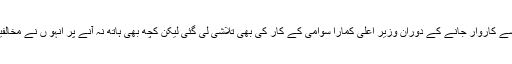
واضح رہے کہ اس سے قبل منگلور سے کاروار جانے کے دوران وزیر اعلیٰ کمارا سوامی کے کار کی بھی تلاشی لی گئی لیکن کچھ بھی ہاتھ نہ آنے پر انہو ں نے مخالفین کو شدید تنقید کا بھی نشانہ بنایا تھا۔